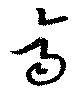
齊